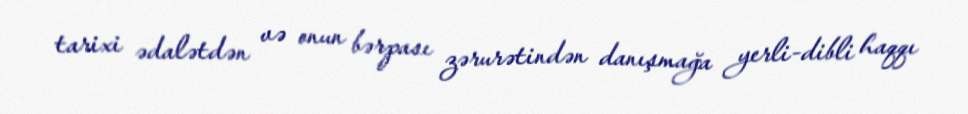
tarixi ədalətdən və onun bərpası zərurətindən danışmağa yerli-dibli haqqı